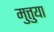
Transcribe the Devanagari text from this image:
मुत्तुया